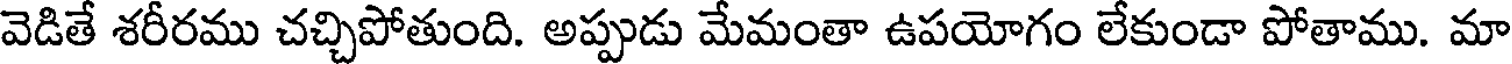
వెడితే శరీరము చచ్చిపోతుంది. అప్పుడు మేమంతా ఉపయోగం లేకుండా పోతాము. మా